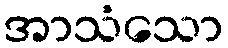
အာသံသော